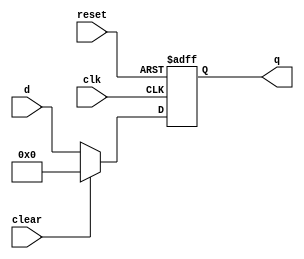
`timescale 1ns / 1ps
//////////////////////////////////////////////////////////////////////////////////
// Company: 
// Engineer: 
// 
// Design Name: 
// Module Name: floprc
// Project Name: 
// Target Devices: 
// Tool Versions: 
// Description: 
// 
// Dependencies: 
// 
// Revision:
// Revision 0.01 - File Created
// Additional Comments:
// 
//////////////////////////////////////////////////////////////////////////////////


module floprc#(parameter width=8)(
input clk,reset,clear,
input [width-1:0] d,
output reg [width-1:0] q
);

always@(posedge clk or posedge reset)
begin
    if(reset)q<=0;
    else if (clear)q<=0;
    else q<=d;
end
endmodule